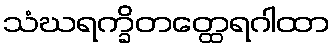
သံဃရက္ခိတတ္ထေရဂါထာ